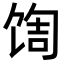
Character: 𬳀